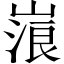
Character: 𡻔